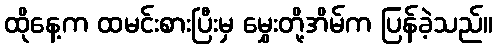
ထိုနေ့က ထမင်းစားပြီးမှ မွှေးတို့အိမ်က ပြန်ခဲ့သည်။